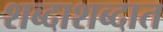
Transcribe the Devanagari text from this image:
शब्दाशब्दात